Civil Veterinary Department. Madras. Admin. report 1926-33 - 1926-1933
Year: 1926
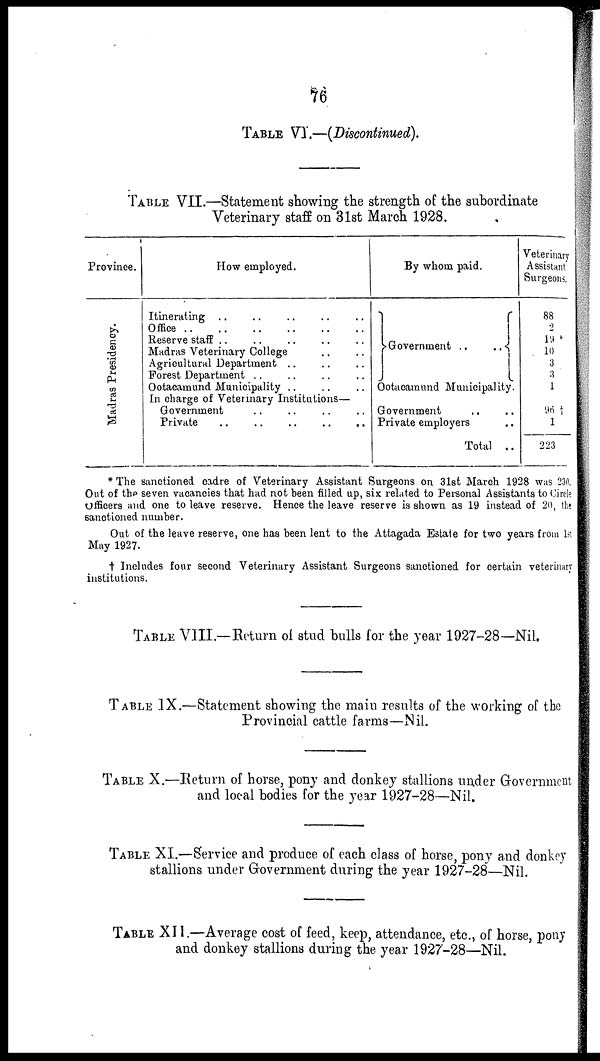
76
TABLE VI.—(Discontinued).
TABLE VII.—Statement showing the strength of the subordinate
Veterinary staff on 31st March 1928.
Province.
Madras Presidency.
How employed.
Itinerating .. .. .. .. ..
Office
..
..
..
..
..
..
Reserve staff .. .. .. .. ..
Madras Veterinary College .. ..
Agricultural Department .. .. ..
Forest Department .. .. .. ..
Ootacamund Municipality .. .. ..
In charge of Veterinary Institutions—
Government .. .. .. ..
Private .. .. .. .. ..
By whom paid.
Government ..
..
Ootacamund Municipality.
Government
.. ..
Private employers ..
Total ..
Veterinary
Assistant
Surgeons.
88
2
19
10
3
3
1
96 †
1
223
* The sanctioned cadre of Veterinary Assistant Surgeons on 31st March 1928 was 230.
Out of the seven vacancies that had not been filled up, six related to Personal Assistants to Circle
Officers and one to leave reserve. Hence the leave reserve is shown as 19 instead of 20, the
sanctioned number.
Out of the leave reserve, one has been lent to the Attagada Estate for two years from is
May 1927.
† Includes four second Veterinary Assistant Surgeons sanctioned for certain veterinary
institutions.
TABLE VIII.—Return of stud bulls for the year 1927-28—Nil.
TABLE IX.—Statement showing the main results of the working of the
Provincial cattle farms—Nil.
TABLE X.—Return of horse, pony and donkey stallions under Government
and local bodies for the year 1927-28—Nil.
TABLE XI.—Service and produce of each class of horse, pony and donkey
stallions under Government during the year 1927-28—Nil.
TABLE XII.—Average cost of feed, keep, attendance, etc., of horse, pony
and donkey stallions during the year 1927-28—Nil.